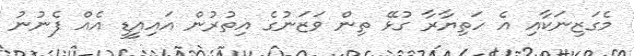
މެގަޒިނަކާއި އެ ހަތިޔާރާ ގުޅޭ ތިން ވަޒަނުގެ އިތުރުން އައިއީޑީ އެއް ފެނުނު